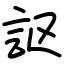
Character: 𧦅